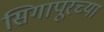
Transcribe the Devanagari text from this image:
सिगापूरच्या